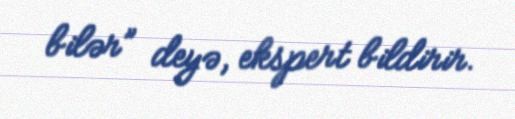
bilər” deyə, ekspert bildirir.